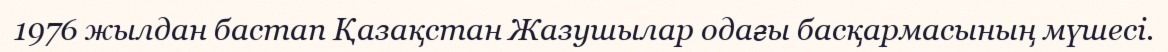
1976 жылдан бастап Қазақстан Жазушылар одағы басқармасының мүшесі.